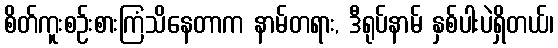
စိတ်ကူးစဉ်းစားကြံသိနေတာက နာမ်တရား, ဒီရုပ်နာမ် နှစ်ပါးပဲရှိတယ်၊